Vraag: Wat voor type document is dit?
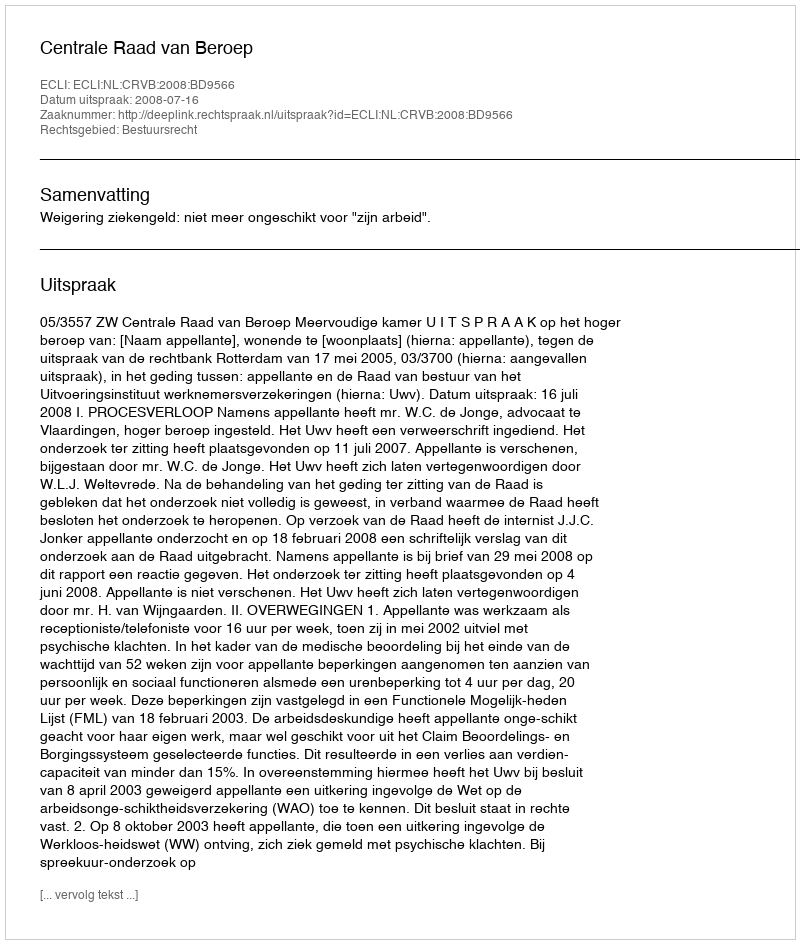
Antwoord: Uitspraak